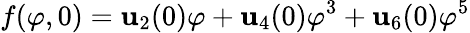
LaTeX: f(\varphi,0)=\mathbf{u}_{2}(0)\varphi+\mathbf{u}_{4}(0)\varphi^{3}+\mathbf{u}_{6}(0)\varphi^{5}